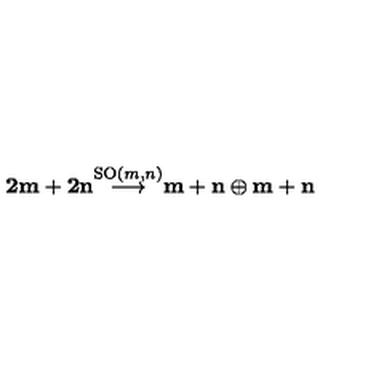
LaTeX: { \bf { 2 m + 2 n } } { \stackrel { \mathrm { S O } ( m , n ) } { \longrightarrow } } { \bf { m + n } } \oplus { \bf { m + n } }